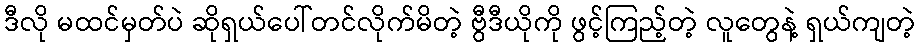
ဒီလို မထင်မှတ်ပဲ ဆိုရှယ်ပေါ်တင်လိုက်မိတဲ့ ဗွီဒီယိုကို ဖွင့်ကြည့်တဲ့ လူတွေနဲ့ ရှယ်ကျတဲ့